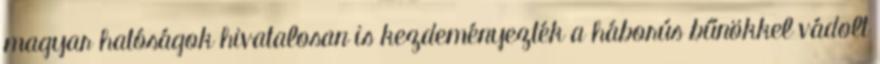
magyar hatóságok hivatalosan is kezdeményezték a háborús bűnökkel vádolt